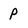
Character: p